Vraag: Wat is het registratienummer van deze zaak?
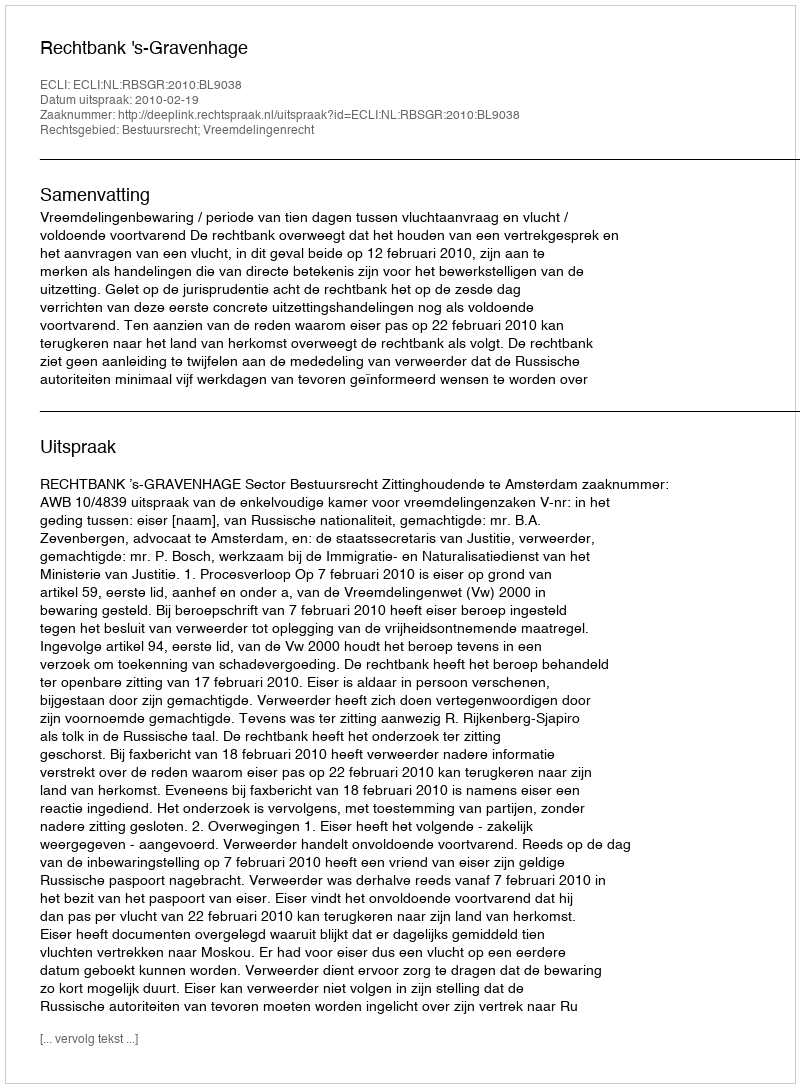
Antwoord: http://deeplink.rechtspraak.nl/uitspraak?id=ECLI:NL:RBSGR:2010:BL9038